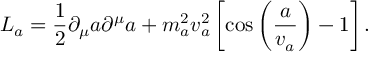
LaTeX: { \cal L } _ { a } = \frac { 1 } { 2 } \partial _ { \mu } a \partial ^ { \mu } a + m _ { a } ^ { 2 } v _ { a } ^ { 2 } \left[ \cos \left( \frac { a } { v _ { a } } \right) - 1 \right] .